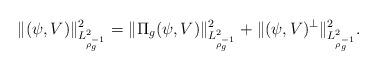
LaTeX: \begin{align*} \| (\psi, V)\|^2_{L^2_{\rho^{-1}_g}}&= \| \Pi_g (\psi, V)\|^2_{L^2_{\rho^{-1}_g}}+ \| (\psi, V)^{\perp}\|^2_{L^2_{\rho^{-1}_g}}.\end{align*}